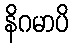
နိဂမာပိ